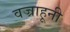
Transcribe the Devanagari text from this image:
वज्राहूनी